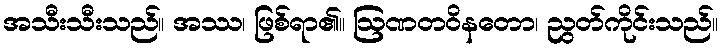
အသီးသီးသည်။ အဿ၊ ဖြစ်ရာ၏။ ဩဏတဝိနတော၊ ညွတ်ကိုင်းသည်။